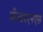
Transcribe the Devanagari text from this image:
बीआरएनएस